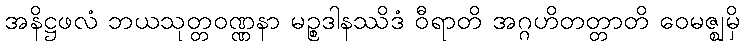
အနိဋ္ဌဖလံ ဘယသုတ္တဝဏ္ဏနာ မဉ္စဒါနဿိဒံ ဝီရာတိ အဂ္ဂဟိတတ္တာတိ ဝေမဇ္ဈမှိ